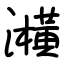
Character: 㶇